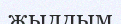
жылдым